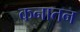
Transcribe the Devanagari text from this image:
कनातन